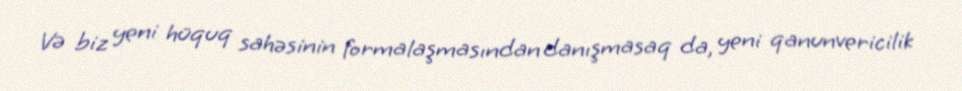
Və biz yeni hüquq sahəsinin formalaşmasından danışmasaq da, yeni qanunvericilik